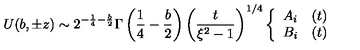
U ( b , \pm z ) \sim 2 ^ { - \frac { 1 } { 4 } - \frac { b } { 2 } } \Gamma \left( \frac { 1 } { 4 } - \frac { b } { 2 } \right) \left( \frac { t } { \xi ^ { 2 } - 1 } \right) ^ { 1 / 4 } \left\{ \begin{array} { l l } { A _ { i } } & { ( t ) } \\ { B _ { i } } & { ( t ) } \\ \end{array} \right.